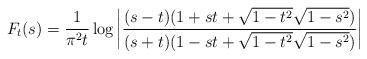
LaTeX: \begin{align*}F_t(s) = \frac{1}{\pi^2 t} \log\left|\frac{(s-t)(1+st+\sqrt{1-t^2}\sqrt{1-s^2})}{(s+t)(1-st+\sqrt{1-t^2}\sqrt{1-s^2})}\right|\end{align*}